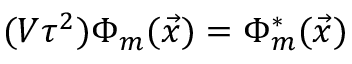
( V \tau ^ { 2 } ) \Phi _ { m } ( { \vec { x } } ) = \Phi _ { m } ^ { \ast } ( { \vec { x } } )